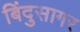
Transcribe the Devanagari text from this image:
बिंदुसागर